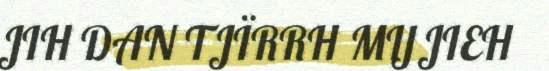
JIH DAN TJÏRRH MIJJIEH